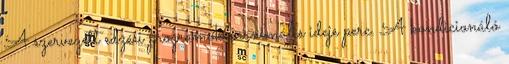
A szervezett edzési programok maximális ideje perc. A kondicionáló